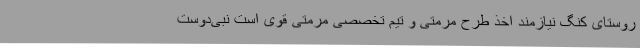
روستای کنگ نیازمند اخذ طرح مرمتی و تیم تخصصی مرمتی قوی است نبی‌دوست